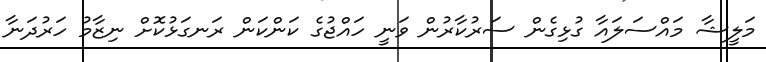
މަލީޝާ މައްސަލައާ ގުޅިގެން ސަރުކާރުން ވަނީ ހައްޖުގެ ކަންކަން ރަނގަޅުކޮށް ނިޒާމު ހަރުދަނާ